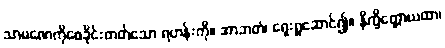
သာမဏေကိုစေခိုင်းတတ်သော ရဟန်းကို။ အာဘတံ၊ ရှေးရှုဆောင်၍။ နိက္ခိတ္တောယထာ၊